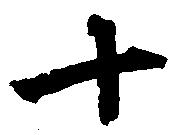
十